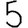
Digit: 5